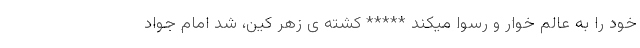
خود را به عالم خوار و رسوا میکند ***** کشته ی زهر کین، شد امام جواد